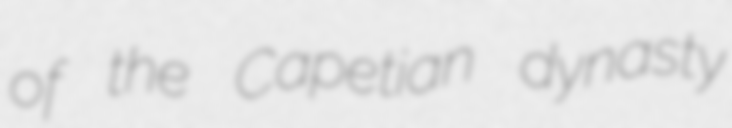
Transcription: of the Capetian dynasty